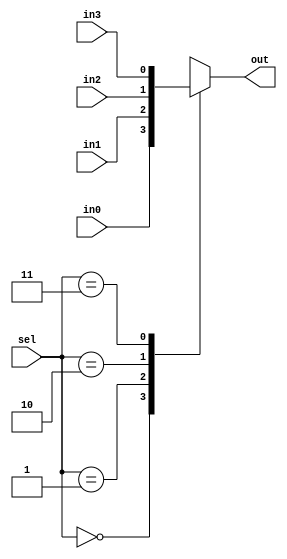
`timescale 1ns / 1ps
//////////////////////////////////////////////////////////////////////////////////
// Company: 
// Engineer: 
// 
// Design Name: 
// Module Name: mux2b
// Project Name: 
// Target Devices: 
// Tool Versions: 
// Description: 
// 
// Dependencies: 
// 
// Revision:
// Revision 0.01 - File Created
// Additional Comments:
// 
//////////////////////////////////////////////////////////////////////////////////


module mux2b(

    input in0,
    input in1,
    input in2,
    input in3,
    input [1:0] sel,
    output reg out

    );
    
    always @(*)
    begin
        case(sel)
            0: out = in0;
            1: out = in1;
            2: out = in2;
            3: out = in3;
            default: out = 0;
        endcase
    end
endmodule